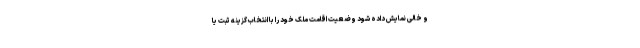
و خالی نمایش داده شود وضعیت اقامت ملک خود را با انتخاب گزینه ثبت یا